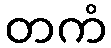
တကံ